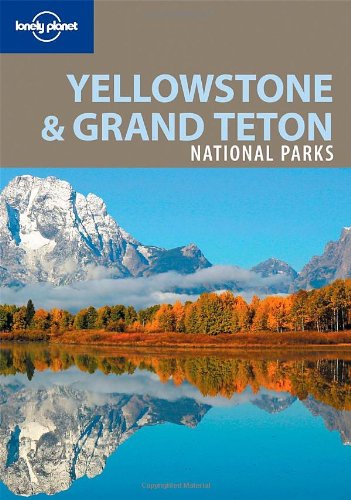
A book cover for Lonely Planet Yellowstone & Grand Teton National Parks; Bradley Mayhew; Travel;